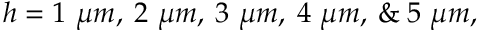
h = 1 ~ \mu m , \: 2 ~ \mu m , \: 3 ~ \mu m , \: 4 ~ \mu m , \: \& \: 5 ~ \mu m ,